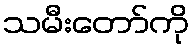
သမီးတော်ကို